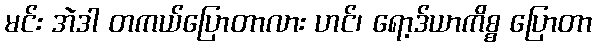
မင်း အဲဒါ တကယ်ပြောတာလား ဟင်၊ ရော့ဒ်ယာကိစ္စ ပြောတာ